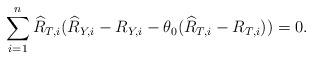
LaTeX: \begin{align*}\sum_{i=1}^n \widehat{R}_{T,i}(\widehat{R}_{Y,i} - R_{Y,i} - \theta_0(\widehat{R}_{T,i} - R_{T,i})) = 0.\end{align*}